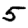
Digit: 5